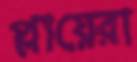
প্লায়েরা